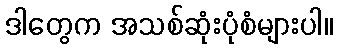
ဒါတွေက အသစ်ဆုံးပုံစံများပါ။